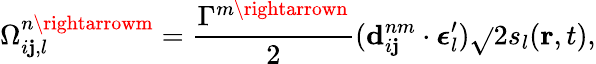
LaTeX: \Omega_{i\mathbf{j},l}^{n\rightarrowm}=\frac{{\Gamma^{m\rightarrown}}}{{2}}(\mathbf{{d}}_{i\mathbf{j}}^{nm}\cdot\boldsymbol{\epsilon}_{l}^{\prime})\sqrt{}{{2s_{l}(\mathbf{{r}},t)}},